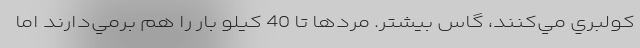
كولبري مي‌كنند، گاس بيشتر. مردها تا 40 كيلو بار را هم برمي‌دارند اما